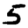
Digit: 5